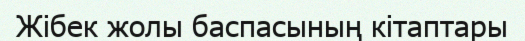
Жібек жолы баспасының кітаптары